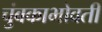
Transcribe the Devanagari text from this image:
चुंबकाभोवती